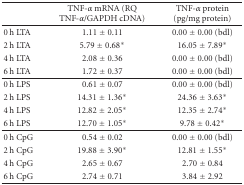
|  | TNF-α mRNA (RQ TNF-α/GAPDH cDNA) | TNF-α protein (pg/mg protein) |
 | --- | --- | --- |
 | 0 h LTA | 1.11 ± 0.11 | 0.00 ± 0.00 (bdl) |
 | 2 h LTA | 5.79 ± 0.68* | 16.05 ± 7.89* |
 | 4 h LTA | 2.08 ± 0.36 | 0.00 ± 0.00 (bdl) |
 | 6 h LTA | 1.72 ± 0.37 | 0.00 ± 0.00 (bdl) |
 | 0 h LPS | 0.61 ± 0.07 | 0.00 ± 0.00 (bdl) |
 | 2 h LPS | 14.31 ± 1.36* | 24.36 ± 3.63* |
 | 4 h LPS | 12.82 ± 2.05* | 12.35 ± 2.74* |
 | 6 h LPS | 12.70 ± 1.05* | 9.78 ± 0.42* |
 | 0 h CpG | 0.54 ± 0.02 | 0.00 ± 0.00 (bdl) |
 | 2 h CpG | 19.88 ± 3.90* | 12.81 ± 1.55* |
 | 4 h CpG | 2.65 ± 0.67 | 2.70 ± 0.84 |
 | 6 h CpG | 2.74 ± 0.71 | 3.84 ± 2.92 |